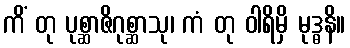
ကိံ တု ပုစ္ဆာဇိဂုစ္ဆာသု၊ ကံ တု ဝါရိမှိ မုဒ္ဓနိ။